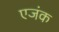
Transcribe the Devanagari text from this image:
एजंक